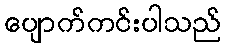
ပျောက်ကင်းပါသည်